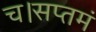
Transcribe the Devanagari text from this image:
च।सप्तमं